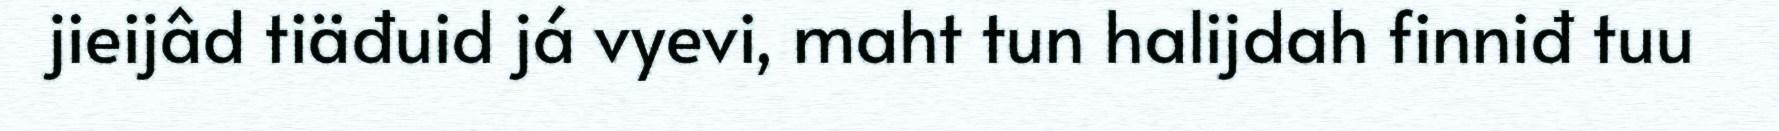
jieijâd tiäđuid já vyevi, maht tun halijdah finniđ tuu